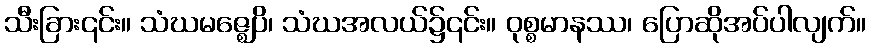
သီးခြား၎င်း။ သံဃမဇ္ဈေပိ၊ သံဃအလယ်၌၎င်း။ ဝုစ္စမာနဿ၊ ပြောဆိုအပ်ပါလျက်။